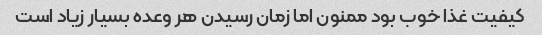
کیفیت غذا خوب بود ممنون اما زمان رسیدن هر وعده بسیار زیاد است